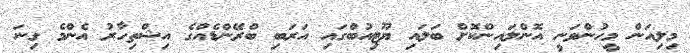
މިލިއަން މީހުންވަނީ އޮންލައިންކޮށް ބަލައި ޔޫޓިއުބްގައި އަރަބި ބްރޭންޑެއްގެ އިޝްތިހާރު އެންމެ ގިނަ